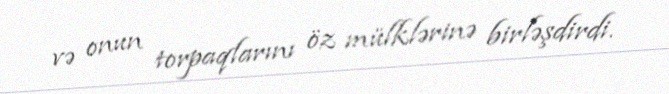
və onun torpaqlarını öz mülklərinə birləşdirdi.